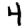
Digit: 4